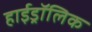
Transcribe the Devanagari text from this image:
हाईड्रॉलिक